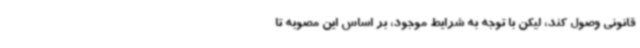
قانونی وصول کند، لیکن با توجه به شرایط موجود، بر اساس این مصوبه تا